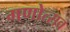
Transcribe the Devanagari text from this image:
गणोत्सव